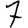
Digit: 7